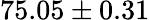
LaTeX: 75.05\pm 0.31